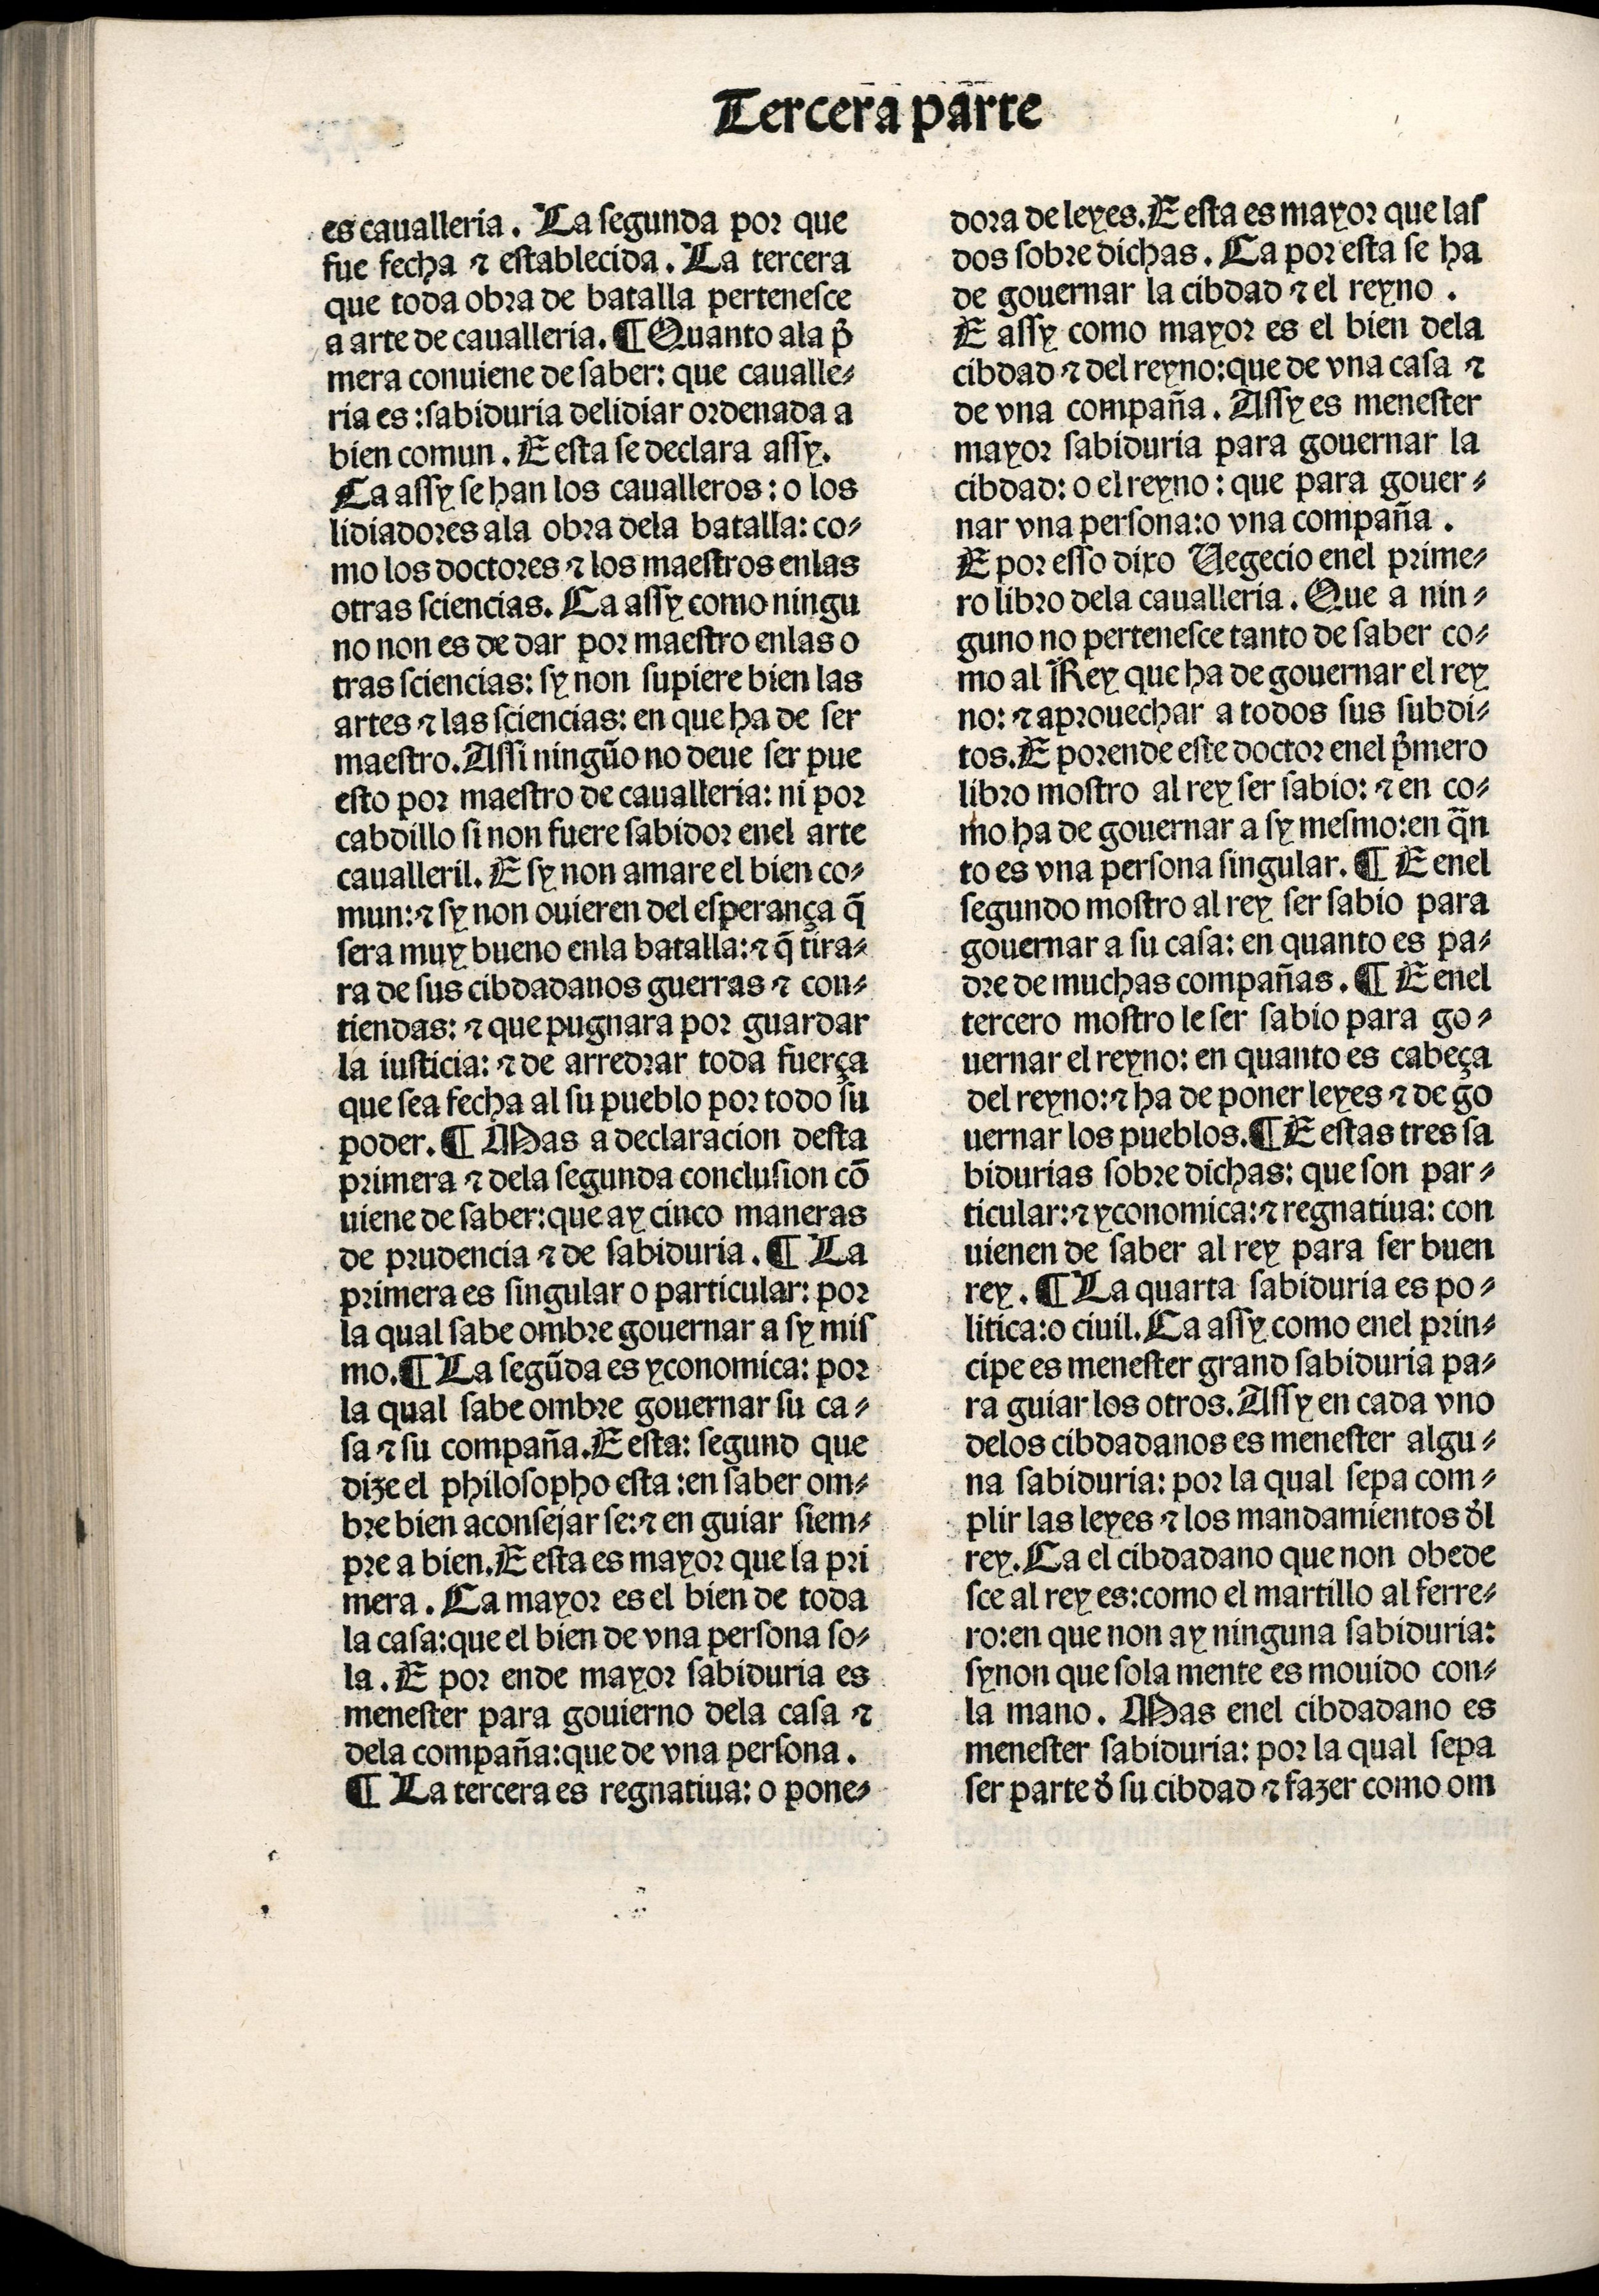
Shelfmark: Madrid, BNE, Inc. 901
Century: 15